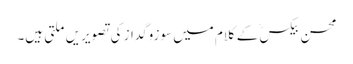
محسن بیکسؒ کے کلام میں سوزوگداز کی تصویریں ملتی ہیں۔